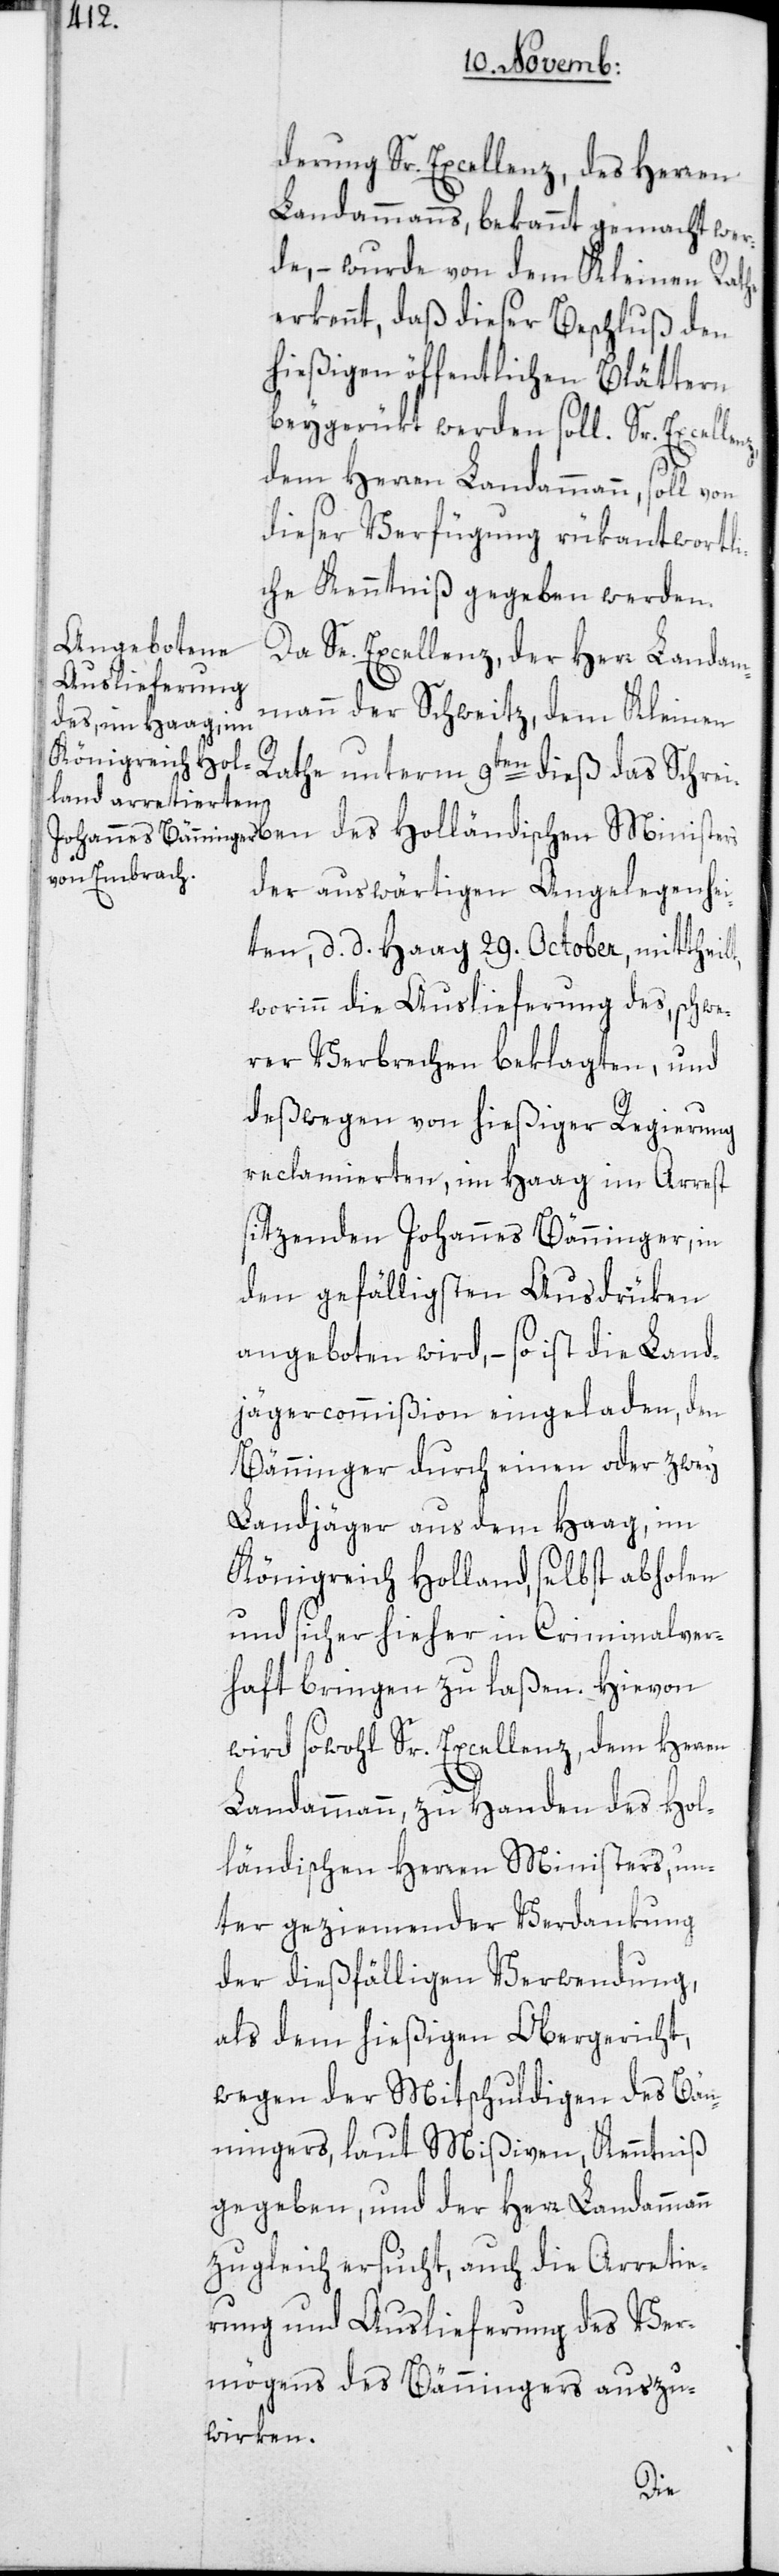
t,
derung Sr. Excellenz, des Herren
Landammanns, bekannt gemacht wer¬
de, – wurde von dem Kleinen Rathe
erkennt, daß dieser Beschluß den
hießigen öffentlichen Blättern
beygerükt werden soll. Sr. Excel¬
dem Herren Landammann, soll von
dieser Verfügung rükantwortli¬
che Kenntniß gegeben werden.
Da Se. Excellenz, der Herr Landam¬
mann der Schweitz, dem Kleinen
Rathe unterm 9ten dieß das Schrei¬
der auswärtigen Angelegenhei¬
ten, d. d. Haag 29. October, mittheil¬
worinn die Auslieferung des, schwe¬
rer Verbrechen beklagten, und
deßwegen von hießiger Regierung
reclamierten, im Haag im Arrest
sitzenden Johannes Bänninger, in
den gefälligsten Ausdrüken
angeboten wird, – so ist die Land¬
jägercommißion eingeladen, den
Bänninger durch einen oder zwey
Landjäger aus dem Haag, im
Königreich Holland, selbst abholen
und sicher hieher in Criminalver¬
haft bringen zu laßen. Hievon
wird sowohl Sr. Excellenz, dem Herren
Landammann, zu Handen des Hol¬
ländischen Herren Ministers, un¬
ter geziemender Verdankung
der dießfälligen Verwendung,
als dem hießigen Obergericht,
wegen der Mitschuldigen des Bän¬
ningers, laut Mißiven, Kenntniß
gegeben, und der Herr Landammann
zugleich ersucht, auch die Arretie¬
rung und Auslieferung des Ver¬
mögens des Bänningers auszu¬
wirken.
ben